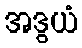
အဒွယံ